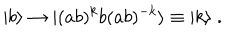
| b \rangle \to | ( a b ) ^ { k } b ( a b ) ^ { - k } \rangle \equiv | k \rangle \; .